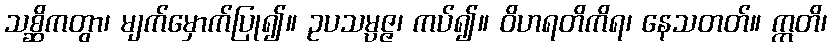
သစ္ဆိကတွာ၊ မျက်မှောက်ပြု၍။ ဥပသမ္ပဇ္ဇ၊ ကပ်၍။ ဝိဟရတိကိရ၊ နေသတတ်။ ဣတိ၊